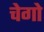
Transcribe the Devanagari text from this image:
चेगो